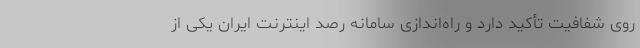
روی شفافیت تأکید دارد و راه‌اندازی سامانه رصد اینترنت ایران یکی از